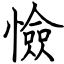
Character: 憸